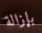
بإزالة